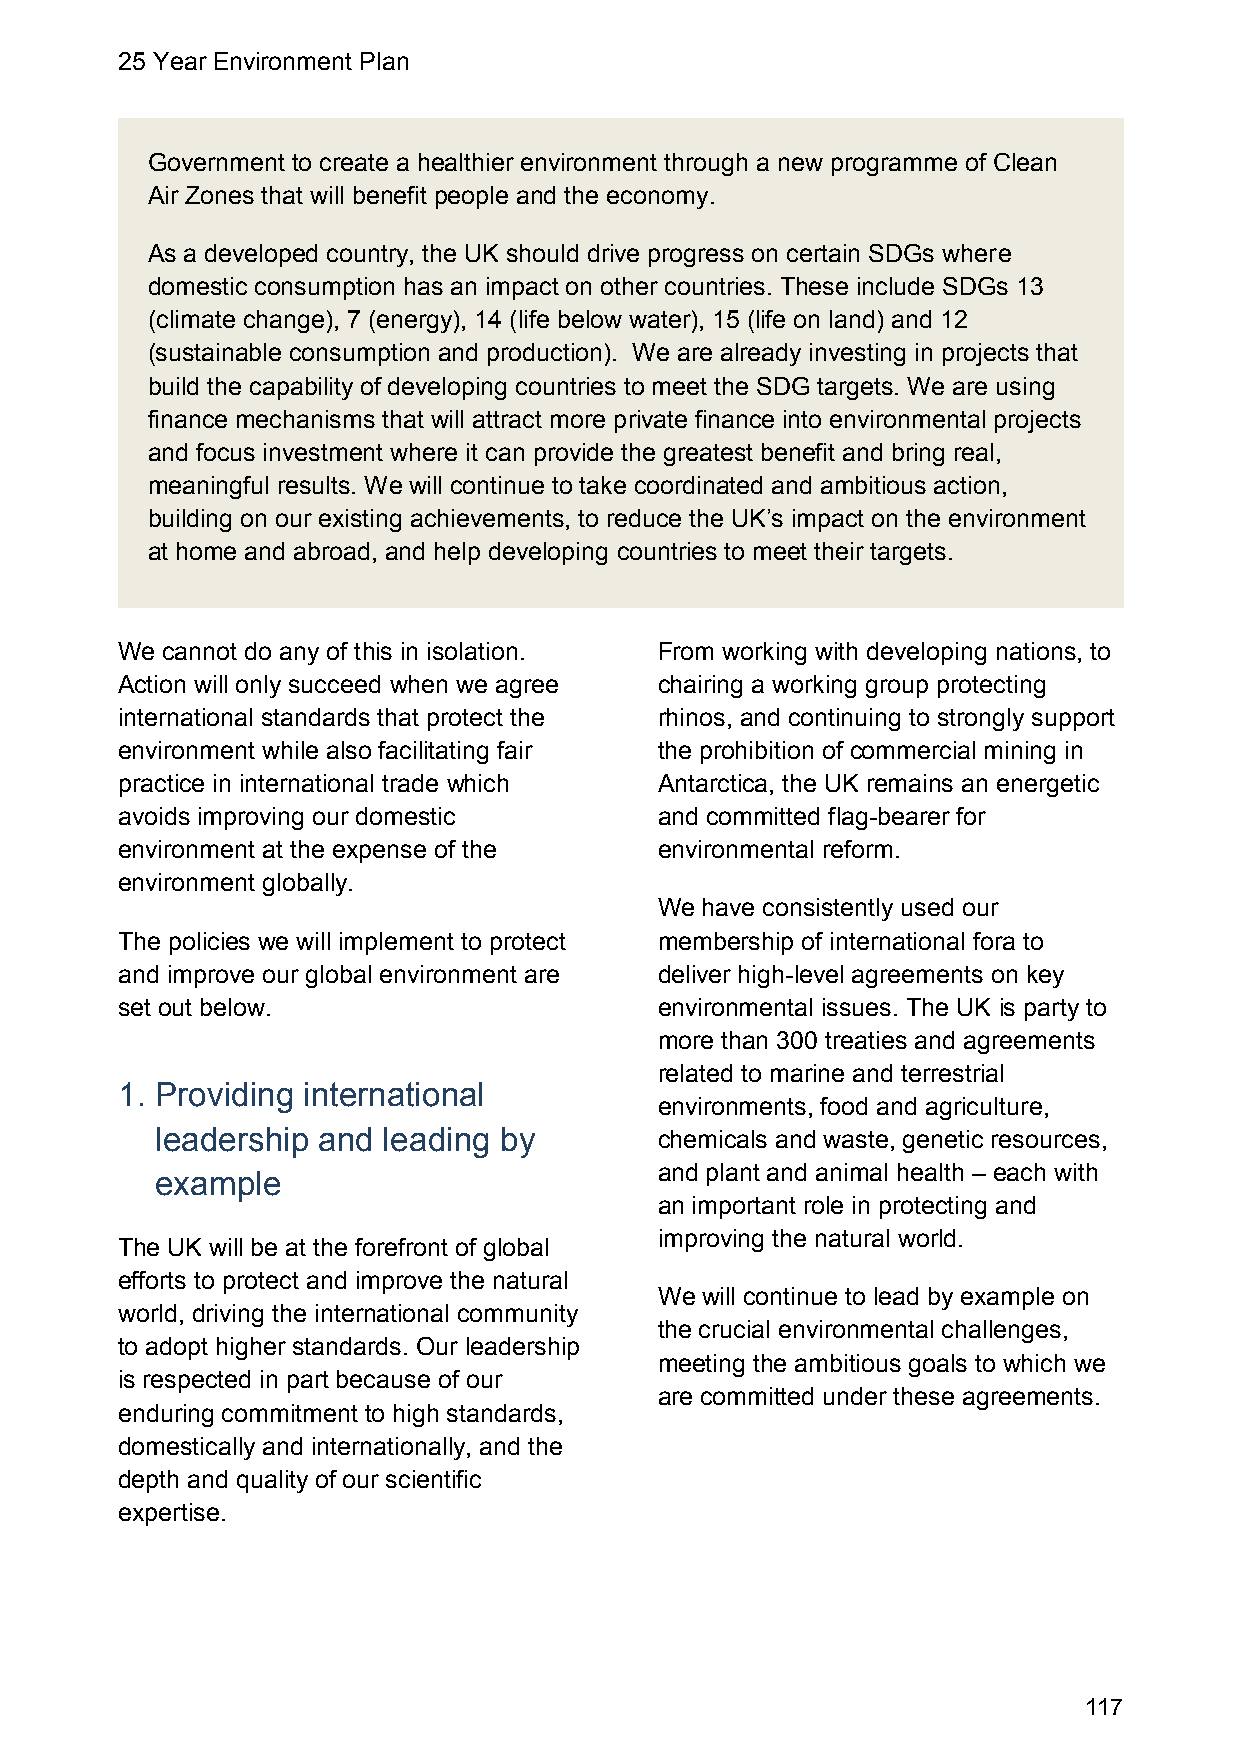
25 Year Environment Plan
 Government to create a healthier environment through a new programme of Clean
 Air Zones that will benefit people and the economy.
 As a developed country, the UK should drive progress on certain SDGs where
 domestic consumption has an impact on other countries. These include SDGs 13
 (climate change), 7 (energy), 14 (life below water), 15 (life on land) and 12
 (sustainable consumption and production). We are already investing in projects that
 build the capability of developing countries to meet the SDG targets. We are using
 finance mechanisms that will attract more private finance into environmental projects
 and focus investment where it can provide the greatest benefit and bring real,
 meaningful results. We will continue to take coordinated and ambitious action,
 building on our existing achievements, to reduce the UK’s impact on the environment
 at home and abroad, and help developing countries to meet their targets.
 We cannot do any of this in isolation. From working with developing nations, to
 Action will only succeed when we agree chairing a working group protecting
 international standards that protect the rhinos, and continuing to strongly support
 environment while also facilitating fair the prohibition of commercial mining in
 practice in international trade which Antarctica, the UK remains an energetic
 avoids improving our domestic       and committed flag-bearer for
 environment at the expense of the   environmental reform.
 environment globally.
 We have consistently used our
 The policies we will implement to protect membership of international fora to
 and improve our global environment are deliver high-level agreements on key
 set out below.                      environmental issues. The UK is party to
 more than 300 treaties and agreements
 related to marine and terrestrial
 1. Providing international
 environments, food and agriculture,
 leadership and leading by         chemicals and waste, genetic resources,
 and plant and animal health – each with
 example
 an important role in protecting and
 improving the natural world.
 The UK will be at the forefront of global
 efforts to protect and improve the natural
 We will continue to lead by example on
 world, driving the international community
 the crucial environmental challenges,
 to adopt higher standards. Our leadership
 meeting the ambitious goals to which we
 is respected in part because of our
 are committed under these agreements.
 enduring commitment to high standards,
 domestically and internationally, and the
 depth and quality of our scientific
 expertise.
 117